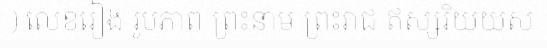
) លេខរៀង រូបភាព ព្រះនាម ព្រះរាជ ឥស្សរិយយស